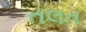
તલત